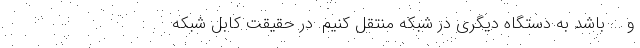
و ... باشد به دستگاه دیگری در شبکه منتقل کنیم. در حقیقت کابل شبکه